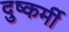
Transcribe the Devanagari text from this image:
दुष्कर्मी